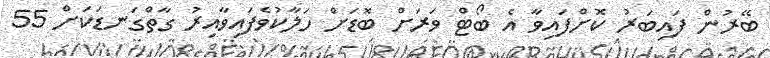
ބޭރުން ފައިބަރު ކޮށްފައިވާ އެ ބޯޓް ވަރަށް ބޮޑަށް ހަލާކުވެފައިވާއިރު ގާތްގަނޑަކަށް 55